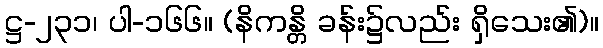
ဋ္ဌ-၂၃၁၊ ပါ-၁၆၆။ (နိကန္တိ ခန်း၌လည်း ရှိသေး၏)။